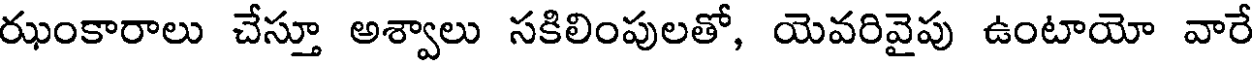
రుంకారాలు చేస్తూ అశ్వాలు సకిలింపులతో, యెవరివైపు ఉంటాయో వారే